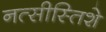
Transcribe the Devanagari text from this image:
नत्सीस्तिशे